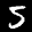
Label: 5